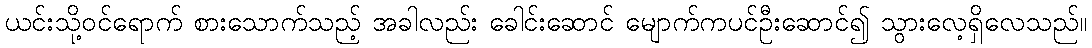
ယင်းသို့ဝင်ရောက် စားသောက်သည့် အခါလည်း ခေါင်းဆောင် မျောက်ကပင်ဦးဆောင်၍ သွားလေ့ရှိလေသည်။